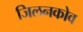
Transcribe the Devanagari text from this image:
जिलनकोव